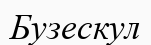
Бузескул